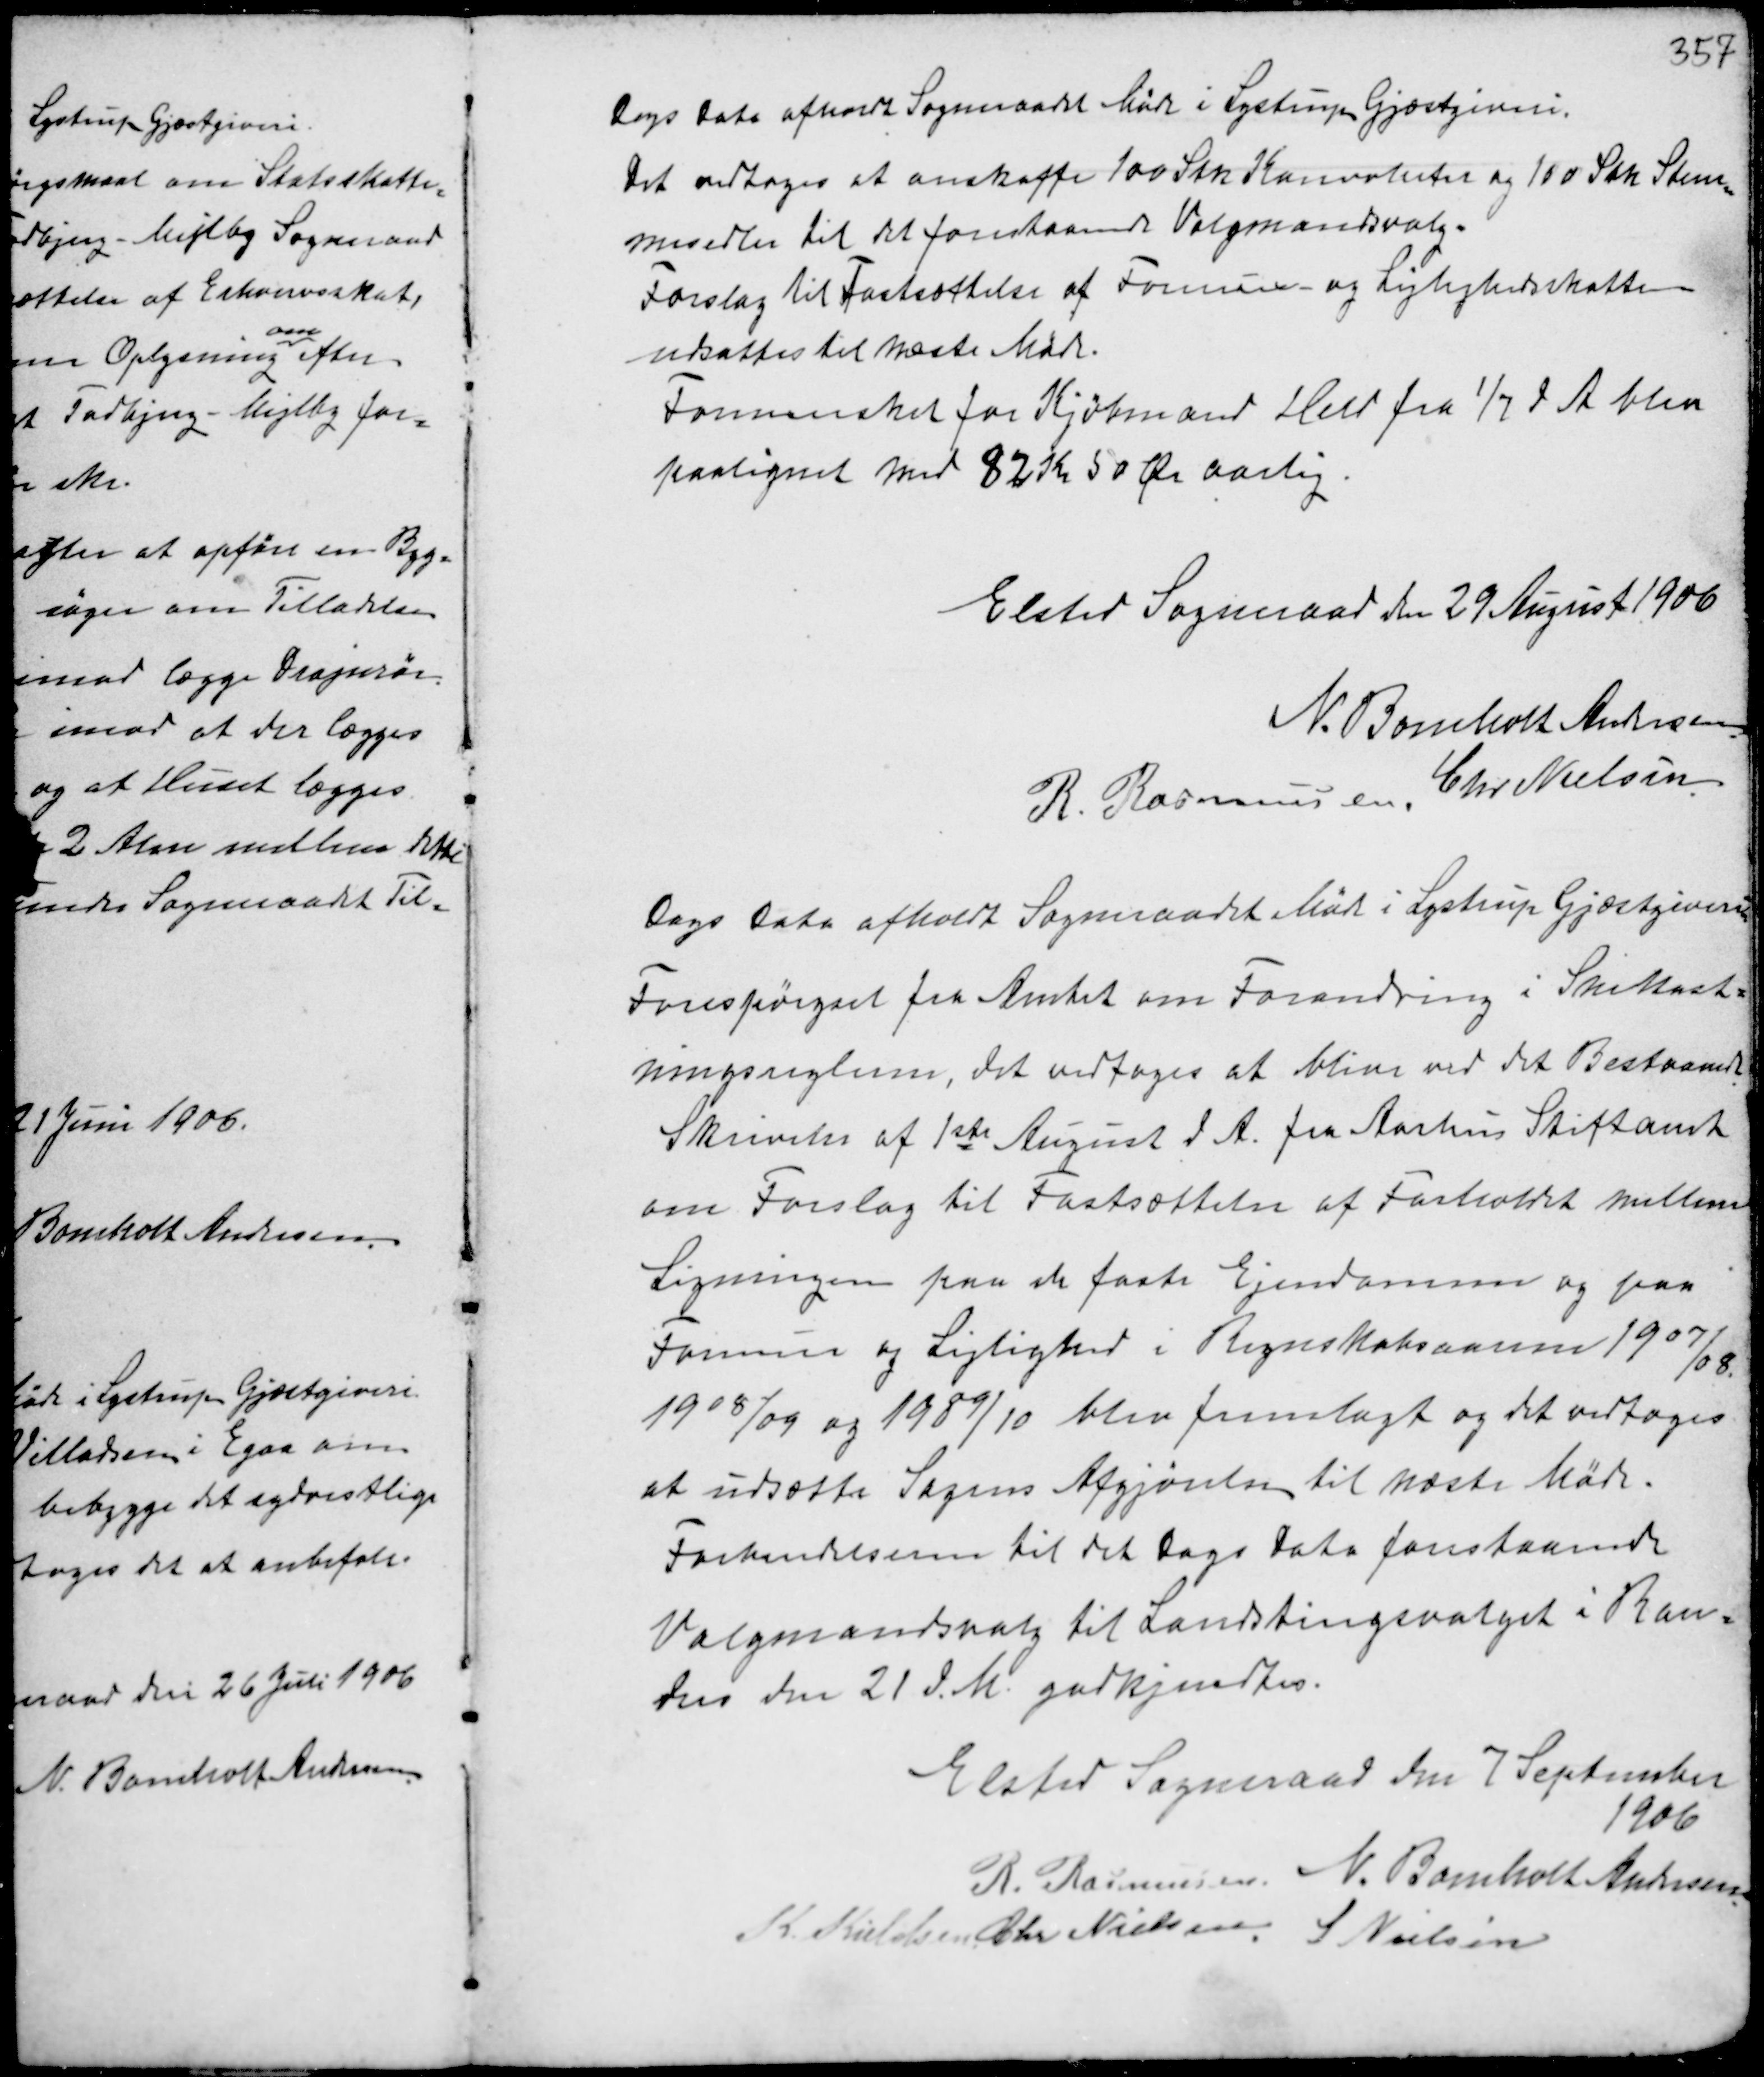
Transskription:
Dags Dato afholdt Sogneraadet Møde i Lystrup Gjæstgiveri.
Det vedtoges at anskaffe 100 Stk Konvolutter og 100 Stk Stem-
medsedler til det forestaaende Valgmandsvalg.
Forslag til Fastsættelse af Formue og Lejlighedsskatten
udsattes til næste Møde.
Formueskat for Kjøbmand Helt fra 1/7 d.A. blev
paalignet med 82 Kr 50 Ør aarlig.

Elsted Sogneraad den 29 August 1906
N. Bomholt Andersen
R. Rasmussen Chr Nielsen

Dags Dato afholdt afholdt Sogneraadet Møde i Lystrup Gjæstgiveri.
Forespørgsel fra Amtet om Forandring i Snekast-
ningsreglerne, det vedtoges at blive ved det Bestaaende
Skrivelse af 1ste August d.A. fra Aarhus Stiftamt
om Forslag til Fastsættelse af Forholdet mellem
Ligningen paa de faste Ejendomme og paa
Formue og Lejlighed i Regnskabsaarene 1907
/08
1908/09 og 1909/10 blev fremlagt og det vedtoges
at udsætte Sagens Afgjørelse til næste Møde.
Forberedelserne til det Dags Dato forestaaende
Valgmandsvalg til Landstingsvalget i Ran-
ders den 21 d.M. godkjendtes.

Elsted Sogneraad den 7 September
1906
R. Rasmussen N. Bomholt Andersen
K. Kieldsen Chr Nielsen S Nielsen